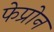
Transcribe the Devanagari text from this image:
फेप्रोन